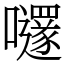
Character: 嚺